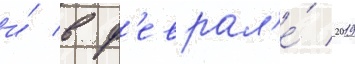
и́ в ф'еврал'е́ 2019